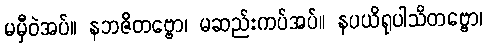
မမှီဝဲအပ်။ နဘဇိတဗ္ဗော၊ မဆည်းကပ်အပ်။ နပယိရုပါသိတဗ္ဗော၊